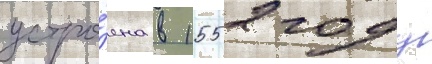
устро́ена в 1552 году